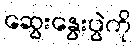
ဆွေးနွေးပွဲကို